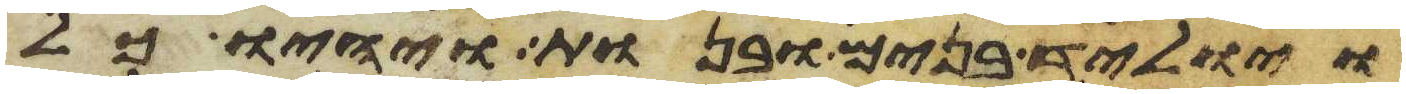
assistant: ויוליד בנים ובנות ויהיו כל